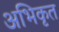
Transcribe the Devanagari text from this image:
अभिकृत